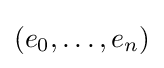
(e_{0},\dots ,e_{n})